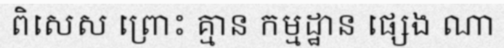
ពិសេស ព្រោះ គ្មាន កម្មដ្ឋាន ផ្សេង ណា